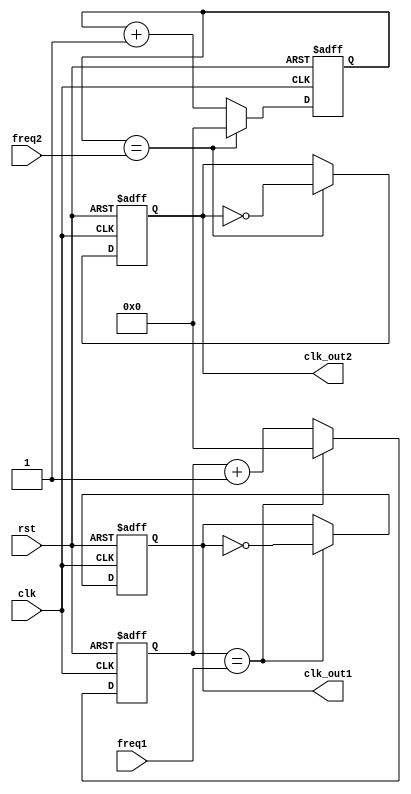
module multirate_timer (
    input wire clk,
    input wire rst,
    input wire [3:0] freq1,
    input wire [3:0] freq2,
    output reg clk_out1,
    output reg clk_out2
);

reg [3:0] count1;
reg [3:0] count2;

always @(posedge clk or negedge rst) begin
    if (!rst) begin
        count1 <= 4'b0000;
        count2 <= 4'b0000;
        clk_out1 <= 1'b0;
        clk_out2 <= 1'b0;
    end else begin
        if (count1 == freq1) begin
            clk_out1 <= ~clk_out1;
            count1 <= 4'b0000;
        end else begin
            count1 <= count1 + 1;
        end
        
        if (count2 == freq2) begin
            clk_out2 <= ~clk_out2;
            count2 <= 4'b0000;
        end else begin
            count2 <= count2 + 1;
        end
    end
end

endmodule